Sanitation, dispensaries and jails vaccination Rajputana 1922-1927 - 1922-1927
Year: 1922
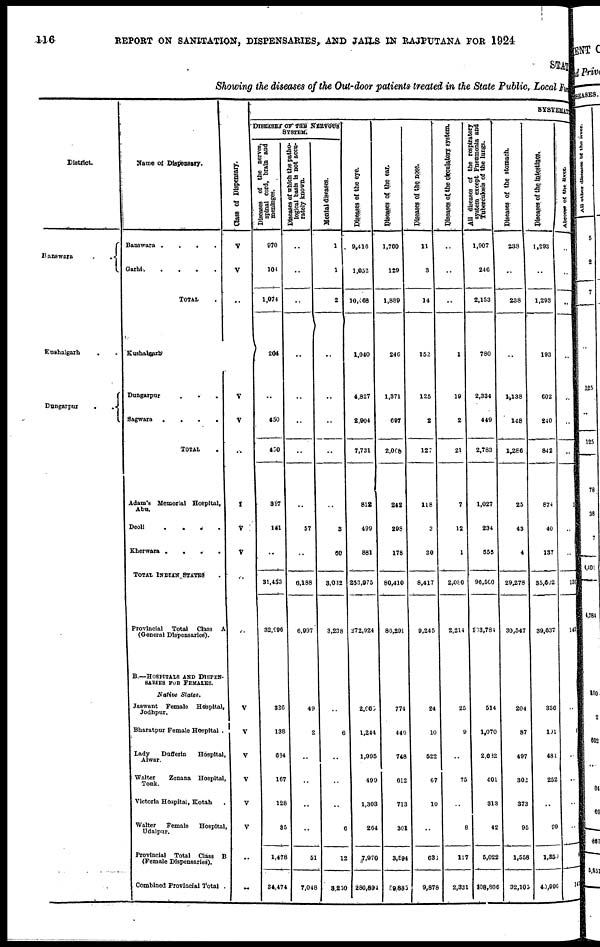
116
REPORT ON SANITATION, DISPENSARIES, AND JAIL IN RAJPUTANA FOR 1924
STATE
Showing the diseases of the Out-door patients treated in the State Public, Local fund
District.
Banswara
.
.
Kushalgarh . .
Dangarpur
.
.
Name of Dispensary.
Banswara .
.
.
.
Garhi . . . .
TOTAL .
Kushalgarh .
Dungarpur . . .
Sagwara
.
.
.
.
TOTAL .
Adam's Memorial Hospital,
Abu.
Deoli
.
.
.
.
Kherwara .
.
.
.
TOTAL INDIAN STATES .
Provincial
Total
Class A
(General Dispensaries).
B.—HOSPITALS AND DISPEN-
SARIES FOR FEMALES.
Native
States.
Jaswant Female
Hospital,
Jodhpur.
Bharatpur Female Hospital .
Lady
Dufferin
Hospital,
Alwar.
Walter
Zenana Hospital,
Tonk.
Victoria Hospital, Kotah .
Walter
Female
Hospital
Udaipur.
Provincial
Total Class B
(Female Dispensaries).
Combined Provincial Total
Class of Dispensary.
V
V
..
V
V
...
..
V
V
..
..
V
V
V
V
V
V
..
..
SYSTEMATIC
DISEASES OF THE NERVOUS
SYSTEM
Diseases of the nerves,
spinal cord, brain and
meninges.
970
104
1,074
204
..
430
450
317
141
..
31,453
32,996
326
138
634
167
128
35
1,478
34,474
logical basis is not accu-
rately known.
..
..
..
..
..
..
..
..
57
..
6,188
6,997
49
2
..
..
..
..
51
7,04
Mental diseases.
1
1
2
..
..
..
..
..
3
60
3,032
3,238
..
6
..
..
..
6
12
8,250
Diseases of the eye.
9,416
1,052
10,468
1,040
4,827
2,904
7,731
812
499
881
253,975
272,924
2,665
1,244
1,995
499
1,303
264
7,970
280,891
Diseases of the ear.
1,760
129
1,889
246
1,371
697
2,068
242
298
178
80,410
86,291
774
446
748
612
713
301
3,594
89,885
Diseases of the nose.
11
3
14
152
125
2
127
118
3
30
8,417
9,245
24
10
522
67
10
..
633
9,878
Diseases of the circulatary system.
..
..
..
1
19
2
21
7
12
1
2,080
2,214
25
9
..
75
8
117
2,331
All diseases of the respiratory
system except Pneumonia and
Tuberculosis
of the lungs.
1,907
246
2,153
780
2,334
449
2,783
1,027
234
555
96,500
103,784
514
1,070
2,682
401
313
42
5,022
108,806
Diseases of the Stomach.
238
.
238
..
1,138
148
1,286
25
43
4
29,278
30,547
204
87
497
302
373
95
1,558
32,105
Diseases of the Intestines.
1,293
..
1,293
193
602
240
842
874
40
137
35,602
39,637
336
191
481
252
..
99
1,350
40,990
Abscess of the Liver.
..
..
..
..
..
..
..
1
..
..
130
143
..
4
..
..
..
..
4
147